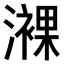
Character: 𤁖